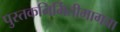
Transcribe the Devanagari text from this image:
पुस्तकनिर्मितीमागचा